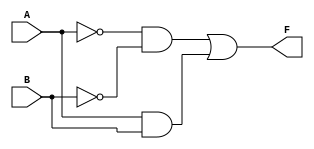
module two_variable_kmap (
    input wire A,  // First input variable
    input wire B,  // Second input variable
    output wire F  // Output of the K-map function
);

// Define the K-map logic based on the minterms
assign F = (~A & ~B) | (A & B); // Example: F = A'B' + AB

endmodule